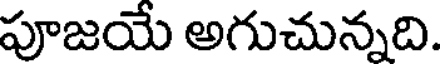
పూజయే అగుచున్నది.